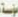
مؤسسة